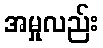
အမှုလည်း